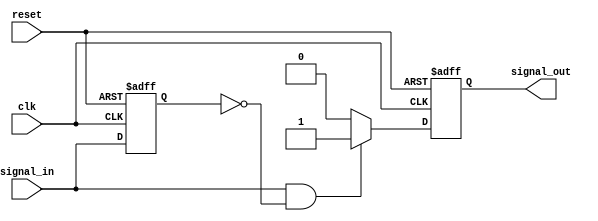
module pos_edge_detector (
    input wire clk,          // Clock signal
    input wire reset,        // Reset signal
    input wire signal_in,    // Input signal to detect the rising edge
    output reg signal_out    // Output signal indicating a detected rising edge
);

// State variable to hold the previous state of signal_in
reg prev_signal_in;

// Sequential logic to sample the input signal and detect edges
always @(posedge clk or posedge reset) begin
    if (reset) begin
        // Reset condition
        prev_signal_in <= 0;
        signal_out <= 0;
    end else begin
        // Sample the current state of signal_in
        // Detect rising edge
        if (signal_in && ~prev_signal_in) begin
            signal_out <= 1; // Rising edge detected
        end else begin
            signal_out <= 0; // No rising edge
        end
        
        // Update previous state
        prev_signal_in <= signal_in;
    end
end

endmodule